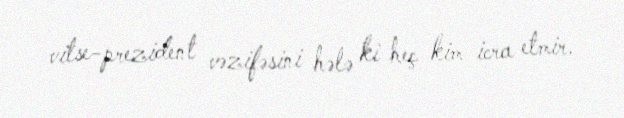
vitse-prezident vəzifəsini hələ ki heç kim icra etmir.